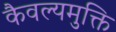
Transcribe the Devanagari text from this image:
कैवल्यमुक्ति